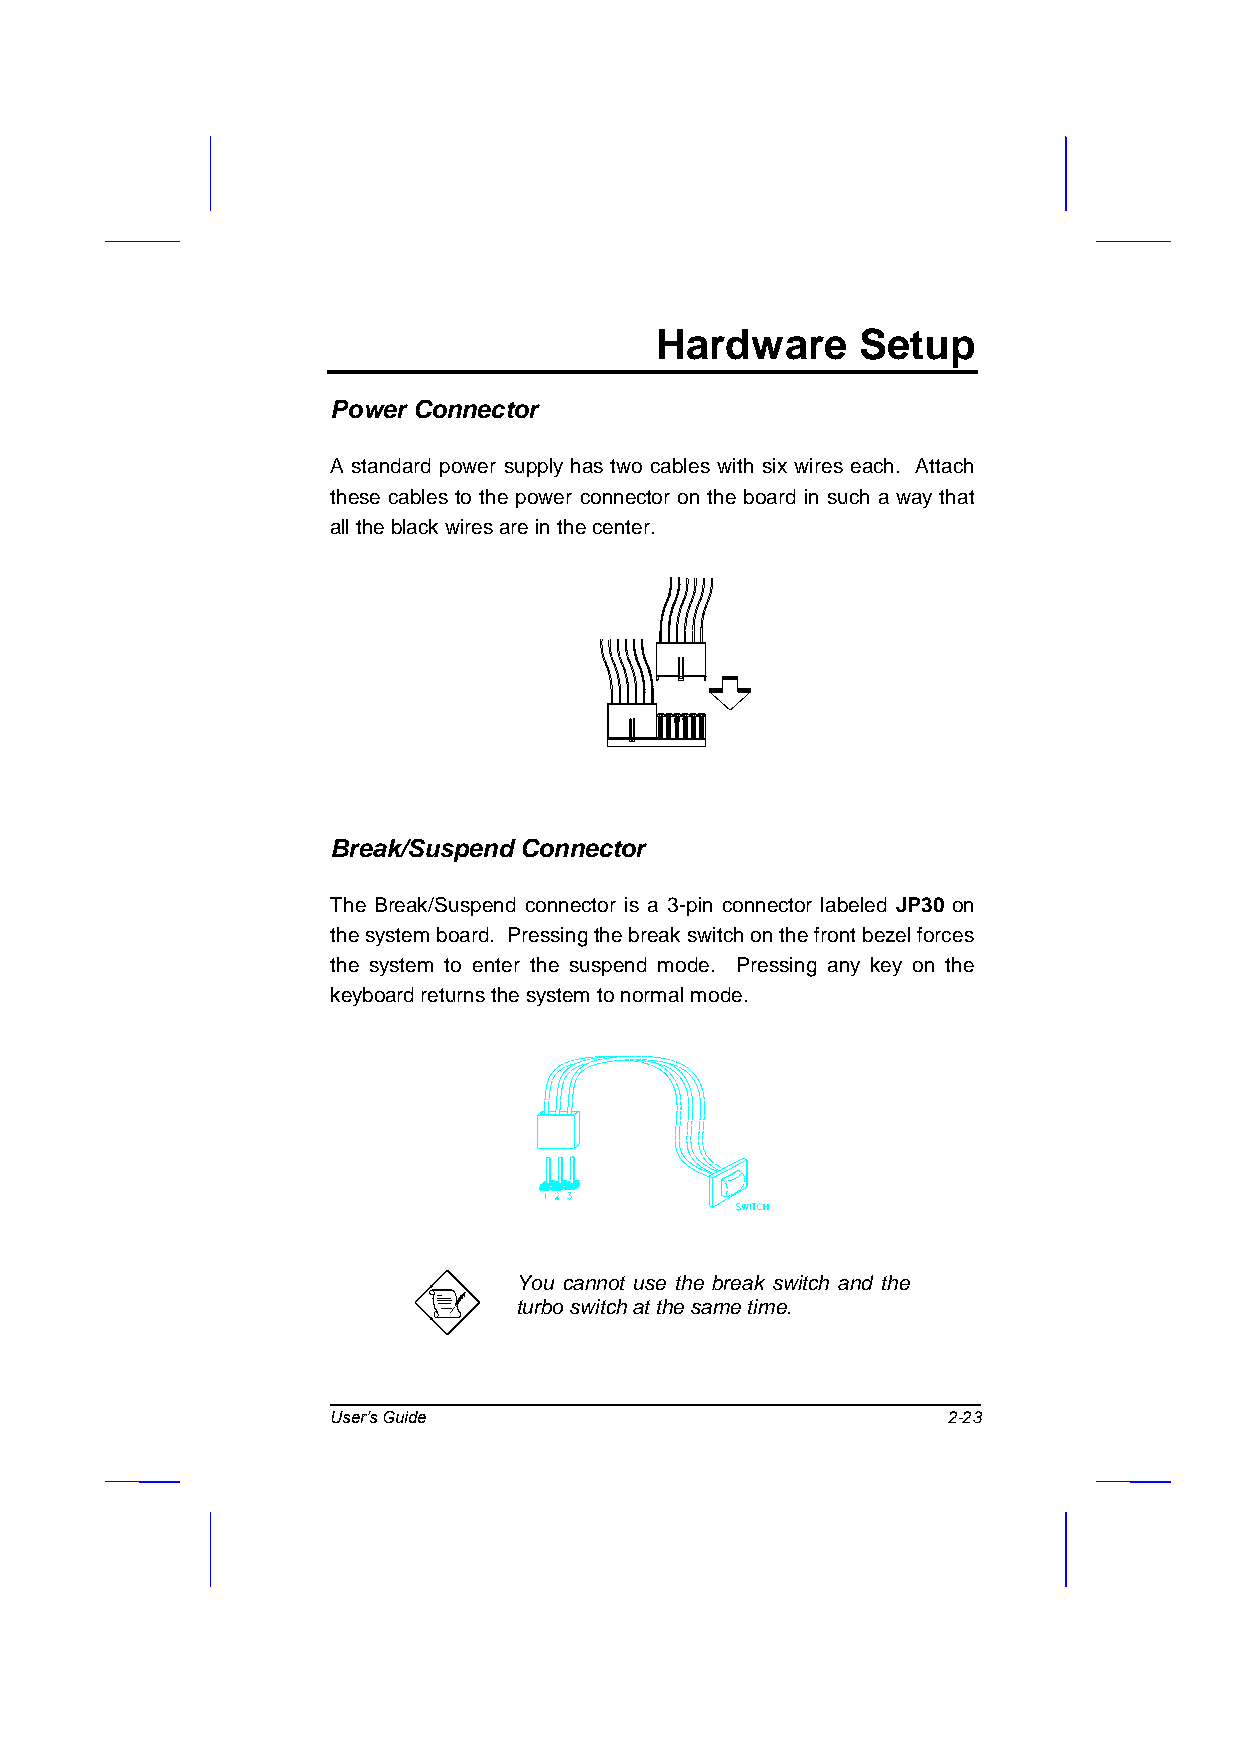
Hardware      Setup
 Power Connector
 A standard power supply has two cables with six wires each. Attach
 these cables to the power connector on the board in such a way that
 all the black wires are in the center.
 Break/Suspend Connector
 The Break/Suspend connector is a 3-pin connector labeled JP30 on
 the system board. Pressing the break switch on the front bezel forces
 the system to enter the suspend mode. Pressing any key on the
 keyboard returns the system to normal mode.
 You cannot use the break switch and the
 turbo switch at the same time.
 User’s Guide                             2-23